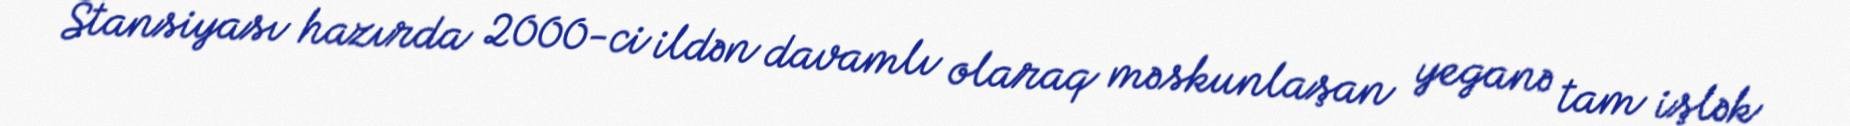
Stansiyası hazırda 2000-ci ildən davamlı olaraq məskunlaşan yeganə tam işlək